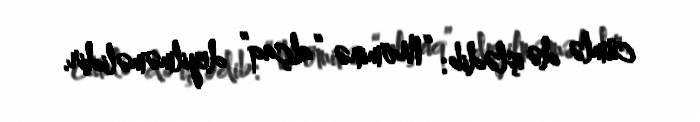
cümlə də işlədib: “Möminə “alçaq” deyilməməlidir.